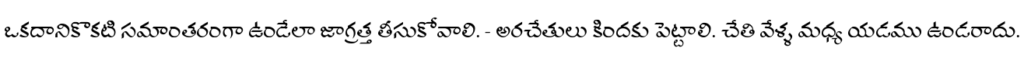
ఒకదానికొకటి సమాంతరంగా ఉండేలా జాగ్రత్త తీసుకోవాలి. - అరచేతులు కిందకు పెట్టాలి. చేతి వేళ్ళ మధ్య యడము ఉండరాదు.